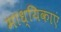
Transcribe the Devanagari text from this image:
माध्यिकाएं